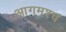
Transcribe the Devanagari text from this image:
आगमश्च